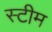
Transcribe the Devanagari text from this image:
स्‍टीम